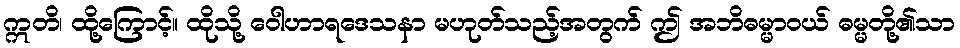
ဣတိ၊ ထို့ကြောင့်။ ထိုသို့ ဝေါဟာရဒေသနာ မဟုတ်သည့်အတွက် ဤ အဘိဓမ္မာဝယ် ဓမ္မတို့၏သာ